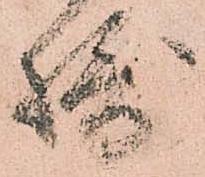
摂